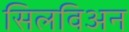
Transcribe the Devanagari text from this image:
सिलविअन